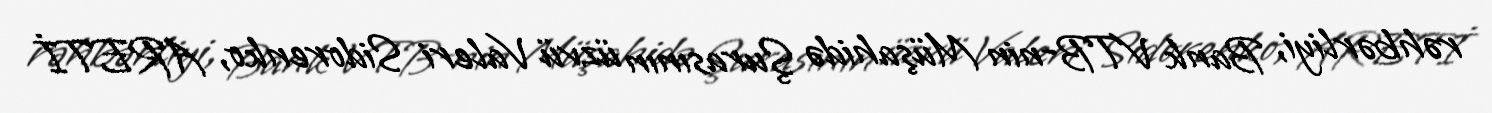
rəhbərliyi, Bank VTB-nin Müşahidə Şurasının üzvü Valeri Sidorenko, ARETİ